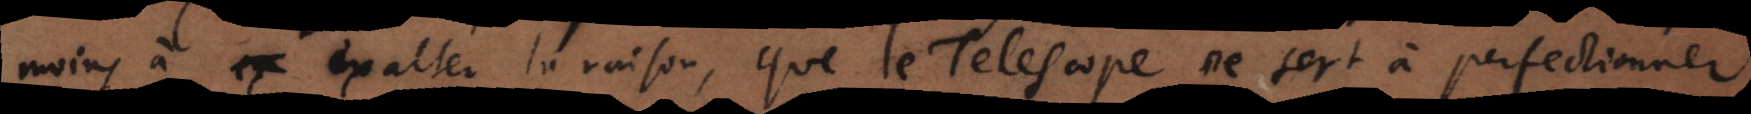
oins à exalter la raison, que le Telescope ne sert à perfectionner